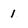
Character: 1